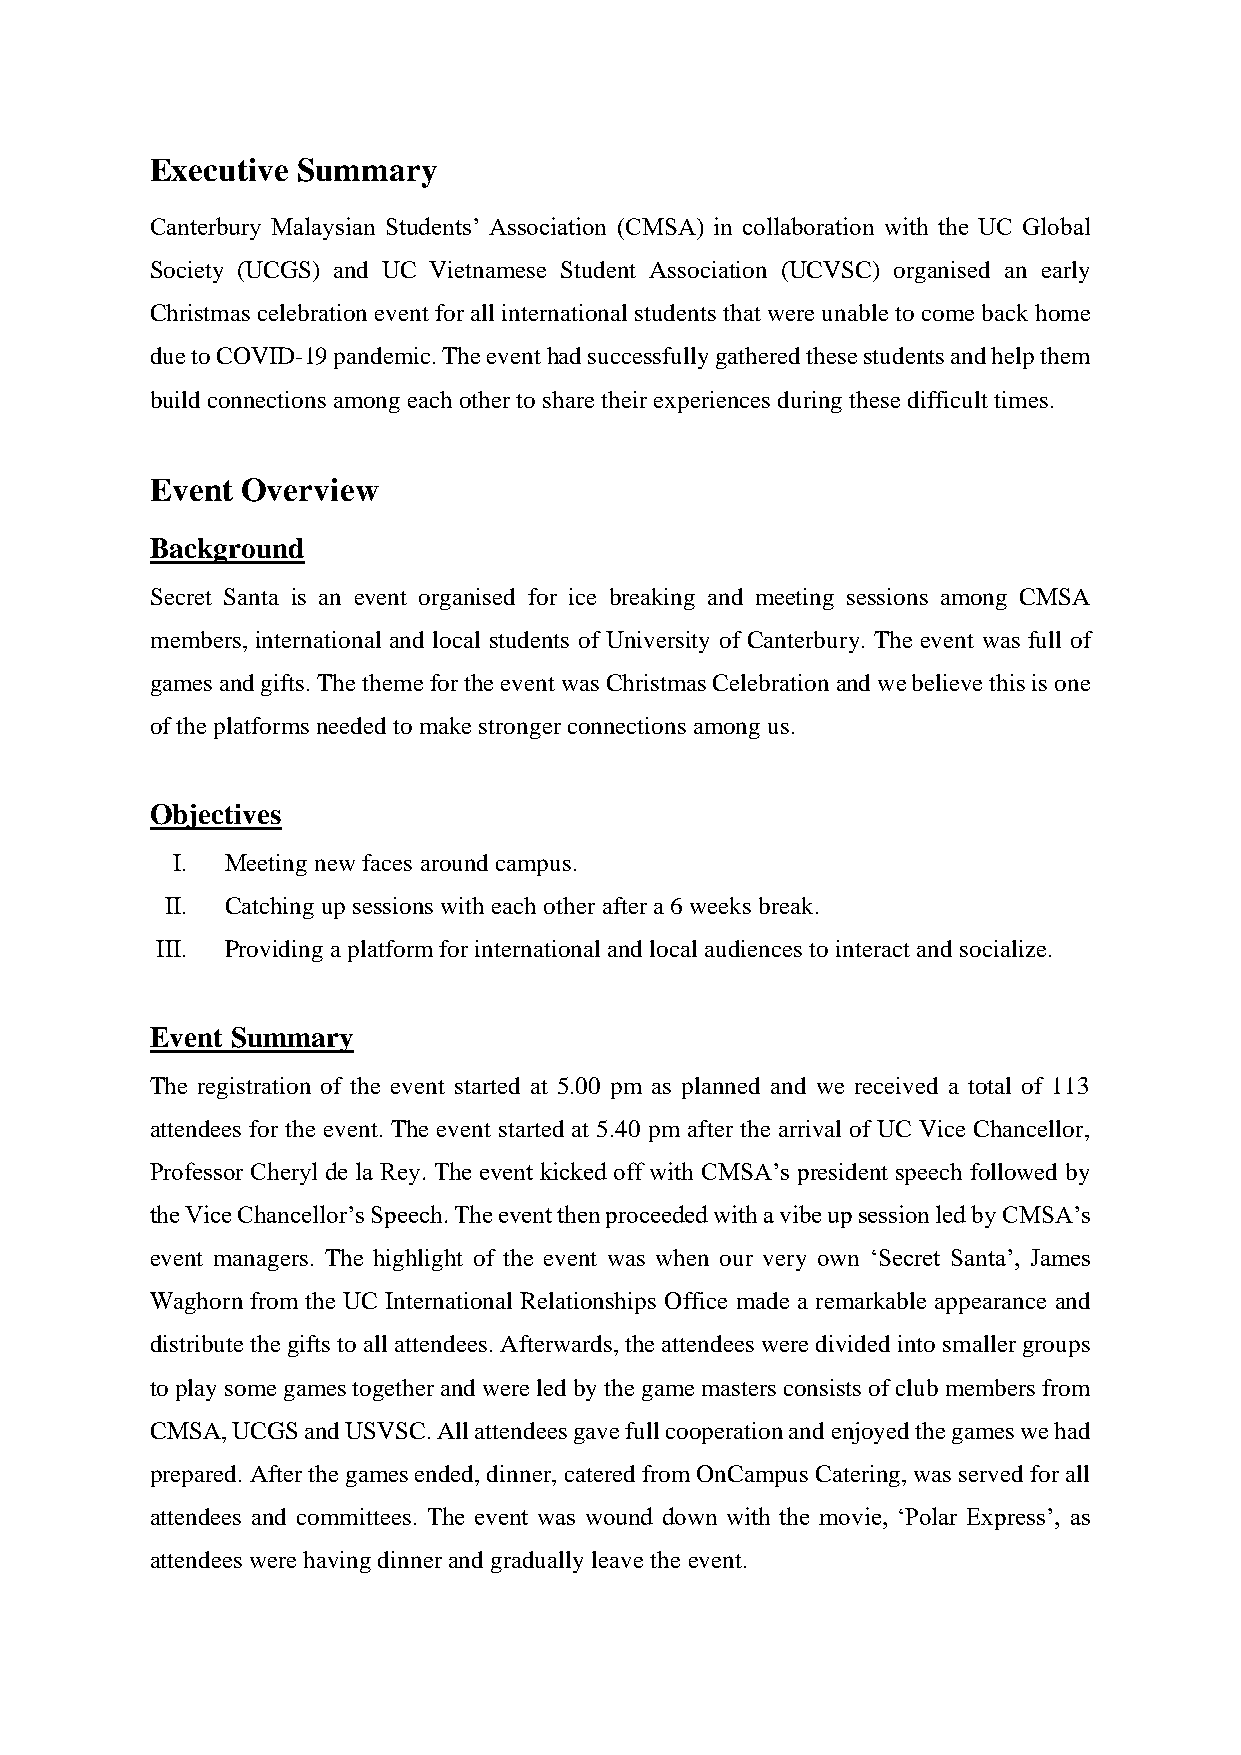
Executive Summary
 Canterbury Malaysian Students’ Association (CMSA) in collaboration with the UC Global
 Society (UCGS) and UC Vietnamese Student Association (UCVSC) organised an early
 Christmas celebration event for all international students that were unable to come back home
 due to COVID-19 pandemic. The event had successfully gathered these students and help them
 build connections among each other to share their experiences during these difficult times.
 Event Overview
 Background
 Secret Santa is an event organised for ice breaking and meeting sessions among CMSA
 members, international and local students of University of Canterbury. The event was full of
 games and gifts. The theme for the event was Christmas Celebration and we believe this is one
 of the platforms needed to make stronger connections among us.
 Objectives
 I.  Meeting new faces around campus.
 II. Catching up sessions with each other after a 6 weeks break.
 III. Providing a platform for international and local audiences to interact and socialize.
 Event Summary
 The registration of the event started at 5.00 pm as planned and we received a total of 113
 attendees for the event. The event started at 5.40 pm after the arrival of UC Vice Chancellor,
 Professor Cheryl de la Rey. The event kicked off with CMSA’s president speech followed by
 the Vice Chancellor’s Speech. The event then proceeded with a vibe up session led by CMSA’s
 event managers. The highlight of the event was when our very own ‘Secret Santa’, James
 Waghorn from the UC International Relationships Office made a remarkable appearance and
 distribute the gifts to all attendees. Afterwards, the attendees were divided into smaller groups
 to play some games together and were led by the game masters consists of club members from
 CMSA, UCGS and USVSC. All attendees gave full cooperation and enjoyed the games we had
 prepared. After the games ended, dinner, catered from OnCampus Catering, was served for all
 attendees and committees. The event was wound down with the movie, ‘Polar Express’, as
 attendees were having dinner and gradually leave the event.